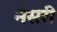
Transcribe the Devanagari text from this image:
नेसरी